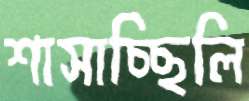
শাসাচ্ছিলি